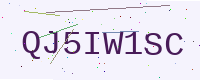
Text: QJ5IW1SC